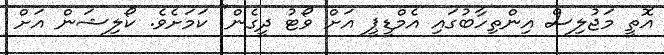
އޮތީ މަޖުލިސް އިންތިހާބުގައި އެމްޑީޕީ އަށް ވޯޓު ދީގެން" ކަމަށެވެ. ކޯލިޝަން އަށް